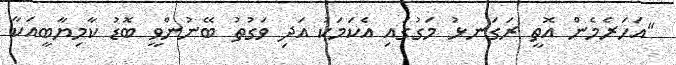
"އަހަރެމެން އޮތީ ރަގަނޅު މަގުގައި އެކަމަކު އަދި ވަގުތު ބޭނުންވީ ބޮޑު ކާމިޔާބީއަކާ